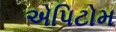
એપિટોમ